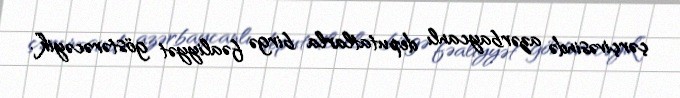
çərçivəsində azərbaycanlı deputatlarla birgə fəaliyyət göstərəcəyik”.